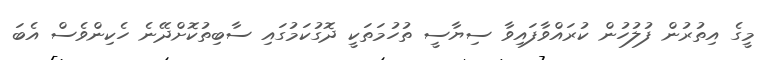
މީގެ އިތުރުން ފުލުހުން ކުރައްވާފައިވާ ސިޔާސީ ތުހުމަތަކީ ދޮގުކަމުގައި ސާބިތުކޮށްދޭނެ ހެކިންވެސް އެބަ